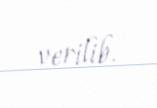
verilib.